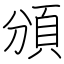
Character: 頒